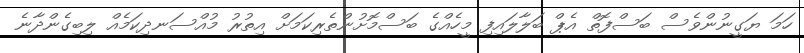
ހަމަ ޔަގީނުންވެސް ބަސްފޮތް އެޕް ބަލާލައިފި މީހެއްގެ ބަސްމޮށުންތެރިކަމަށް އިތުރު މުއްސަނދިކަމެއް ލިބިގެންދާނެ